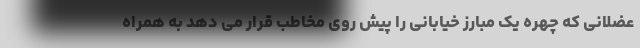
عضلانی که چهره یک مبارز خیابانی را پیش روی مخاطب قرار می دهد به همراه